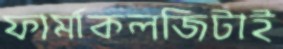
ফার্মাকলজিটাই